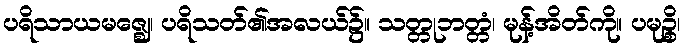
ပရိသာယမဇ္ဈေ၊ ပရိသတ်၏အလယ်၌။ သတ္တုဘတ္တံ၊ မုန့်အိတ်ကို။ ပမုဉ္စိ၊